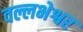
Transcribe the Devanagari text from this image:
वल्लभेश्वर